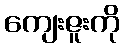
ကျေးဇူးကို